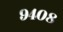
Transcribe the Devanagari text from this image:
९४०८